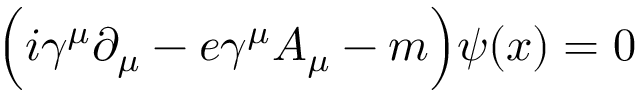
\Bigl ( i \gamma ^ { \mu } \partial _ { \mu } - e \gamma ^ { \mu } A _ { \mu } - m \Bigr ) \psi ( x ) = 0